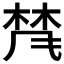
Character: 𱣨